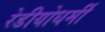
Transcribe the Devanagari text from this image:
रेडीयोधर्मी